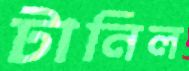
টানিল